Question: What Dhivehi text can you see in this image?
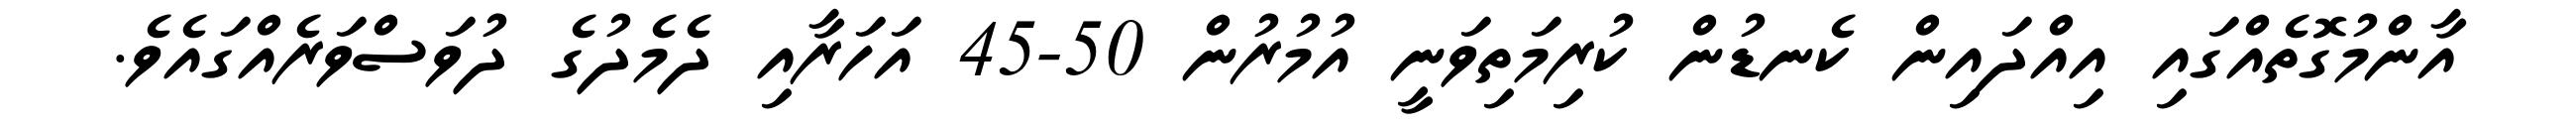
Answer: އާންމުގޮތެއްގައި އިއްދައިން ކެނޑުން ކުރިމަތިވަނީ އުމުރުން 50-45 އަހަރާއި ދެމެދުގެ ދުވަސްވަރެއްގައެވެ.